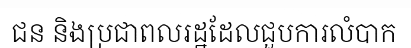
ជន និងប្រជាពលរដ្ឋដែលជួបការលំបាក